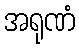
အရုဏံ